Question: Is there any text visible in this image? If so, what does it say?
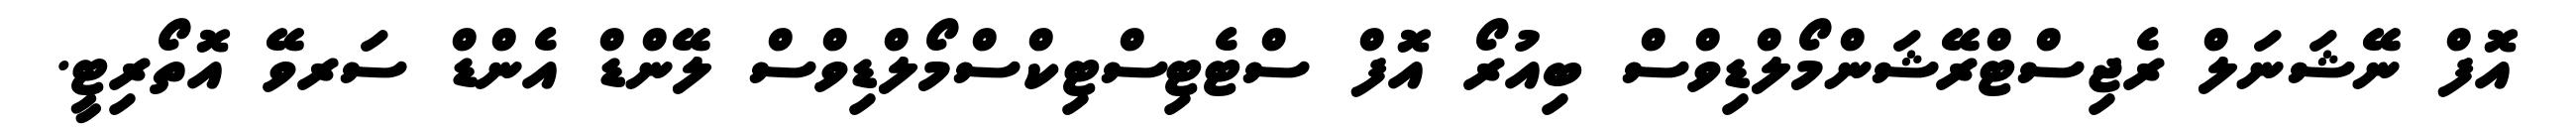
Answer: އޮފް ނޭޝަނަލް ރެޖިސްޓްރޭޝަންމޯލްޑިވްސް ބިއުރޯ އޮފް ސްޓެޓިސްޓިކްސްމޯލްޑިވްސް ލޭންޑް އެންޑް ސަރވޭ އޮތޯރިޓީ.